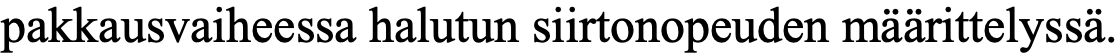
pakkausvaiheessa halutun siirtonopeuden määrittelyssä.